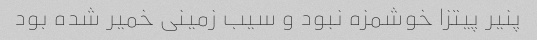
پنیر پیتزا خوشمزه نبود و سیب زمینی خمیر شده بود